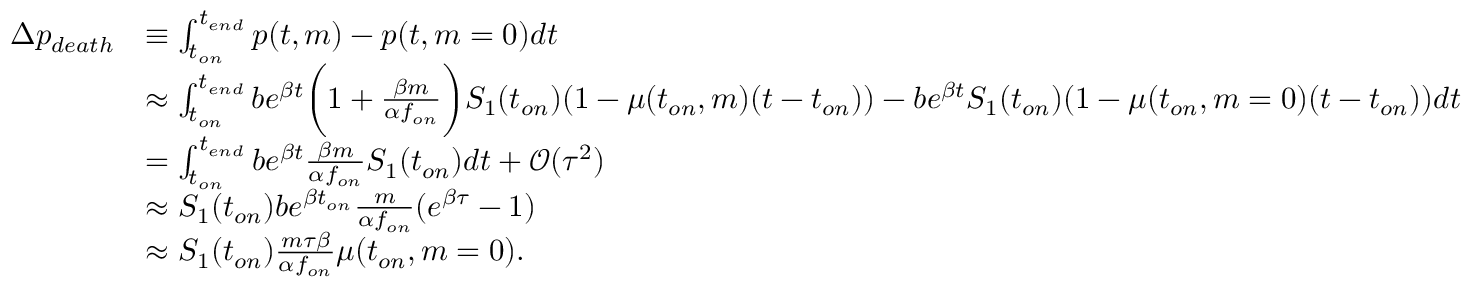
\begin{array} { r l } { \Delta p _ { d e a t h } } & { \equiv \int _ { t _ { o n } } ^ { t _ { e n d } } p ( t , m ) - p ( t , m = 0 ) d t } \\ & { \approx \int _ { t _ { o n } } ^ { t _ { e n d } } b e ^ { \beta t } \bigg ( 1 + \frac { \beta m } { \alpha f _ { o n } } \bigg ) S _ { 1 } ( t _ { o n } ) ( 1 - \mu ( t _ { o n } , m ) ( t - t _ { o n } ) ) - b e ^ { \beta t } S _ { 1 } ( t _ { o n } ) ( 1 - \mu ( t _ { o n } , m = 0 ) ( t - t _ { o n } ) ) d t } \\ & { = \int _ { t _ { o n } } ^ { t _ { e n d } } b e ^ { \beta t } \frac { \beta m } { \alpha f _ { o n } } S _ { 1 } ( t _ { o n } ) d t + \mathcal { O } ( \tau ^ { 2 } ) } \\ & { \approx S _ { 1 } ( t _ { o n } ) b e ^ { \beta t _ { o n } } \frac { m } { \alpha f _ { o n } } ( e ^ { \beta \tau } - 1 ) } \\ & { \approx S _ { 1 } ( t _ { o n } ) \frac { m \tau \beta } { \alpha f _ { o n } } \mu ( t _ { o n } , m = 0 ) . } \end{array}